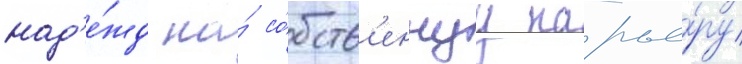
над'е́жд на́ со́бств'еннуу карье́ру